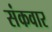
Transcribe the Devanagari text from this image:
संकवार